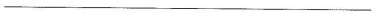
___